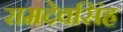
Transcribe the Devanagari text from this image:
रामदेवसिंह